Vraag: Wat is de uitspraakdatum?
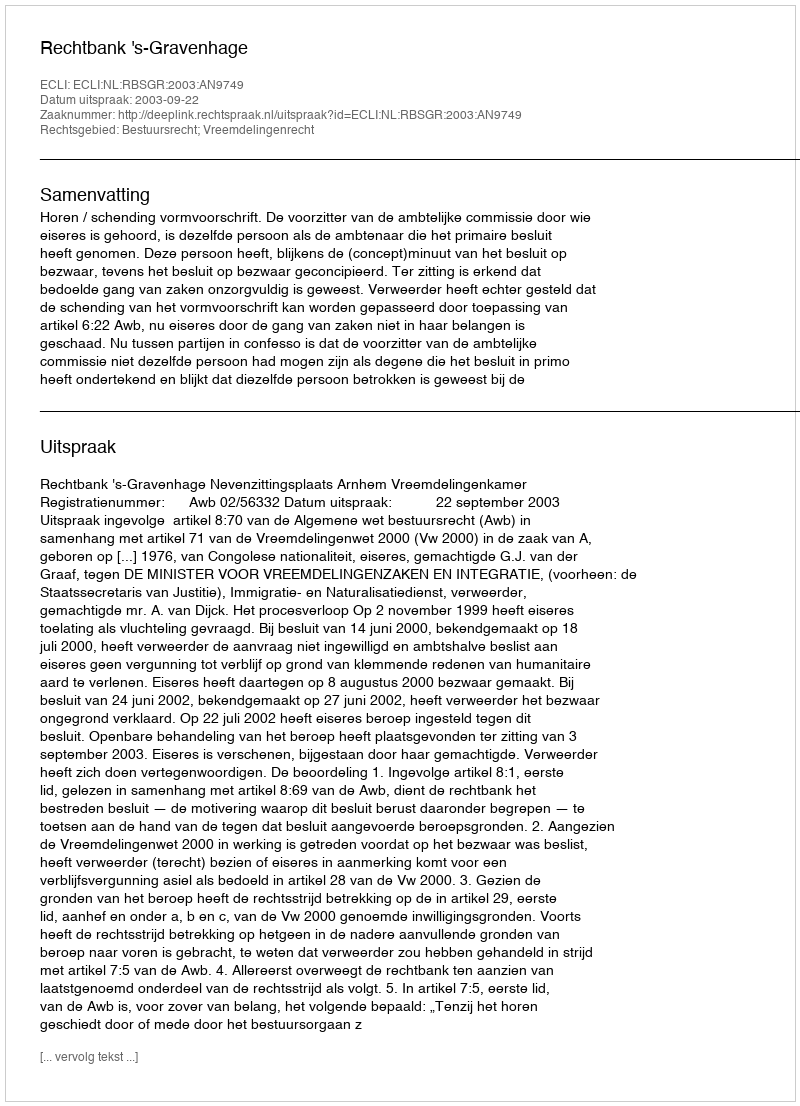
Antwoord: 2003-09-22